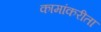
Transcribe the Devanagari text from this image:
कामांकरीता